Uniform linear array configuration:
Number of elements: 32
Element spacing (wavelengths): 1
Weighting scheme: uniform
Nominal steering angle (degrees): -15
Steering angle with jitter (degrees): -14.563
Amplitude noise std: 0.05
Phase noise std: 0.05

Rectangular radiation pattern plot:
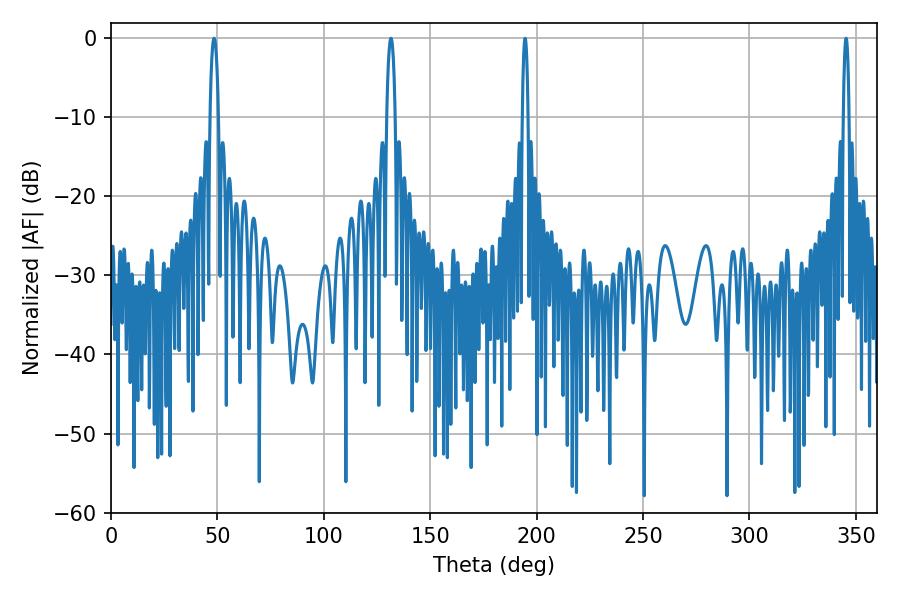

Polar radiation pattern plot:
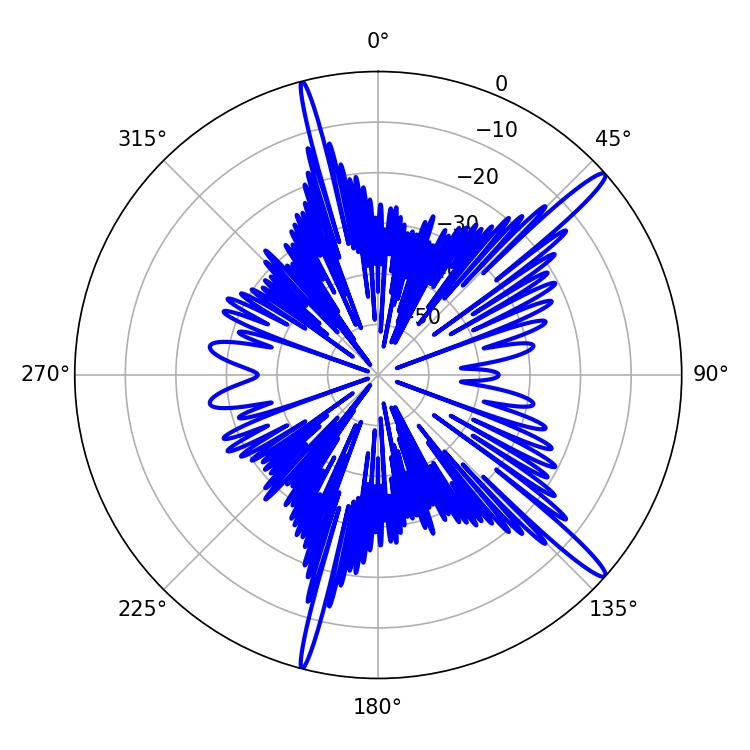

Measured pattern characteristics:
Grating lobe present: TRUE
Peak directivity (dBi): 15.738
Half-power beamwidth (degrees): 1.44
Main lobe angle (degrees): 345.42